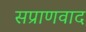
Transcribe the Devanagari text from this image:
सप्राणवाद